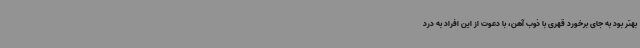
بهتر بود به جای برخورد قهری با ذوب آهن، با دعوت از این افراد به درد